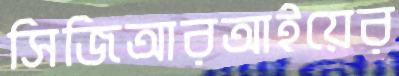
সিজিআরআইয়ের